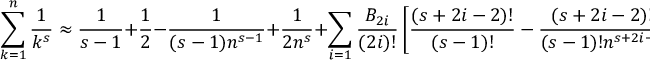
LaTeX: \sum _ { k = 1 } ^ { n } { \frac { 1 } { k ^ { s } } } \approx { \frac { 1 } { s - 1 } } + { \frac { 1 } { 2 } } - { \frac { 1 } { ( s - 1 ) n ^ { s - 1 } } } + { \frac { 1 } { 2 n ^ { s } } } + \sum _ { i = 1 } { \frac { B _ { 2 i } } { ( 2 i ) ! } } \left[ { \frac { ( s + 2 i - 2 ) ! } { ( s - 1 ) ! } } - { \frac { ( s + 2 i - 2 ) ! } { ( s - 1 ) ! n ^ { s + 2 i - 1 } } } \right] .